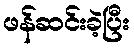
ဖန်ဆင်းခဲ့ပြီး